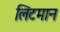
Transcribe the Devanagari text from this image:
लिटमान